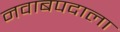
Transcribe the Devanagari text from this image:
नवाबपदाला